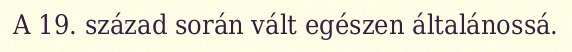
A 19. század során vált egészen általánossá.